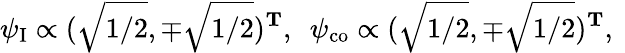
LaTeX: \psi_{\mathrm{I}}\propto(\sqrt{1/2},\mp\sqrt{1/2})^{\mathbf{T}},\ \ \psi_{\mathrm{co}}\propto(\sqrt{1/2},\mp\sqrt{1/2})^{\mathbf{T}},\